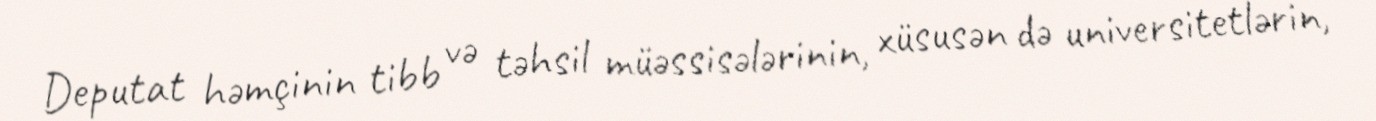
Deputat həmçinin tibb və təhsil müəssisələrinin, xüsusən də universitetlərin,